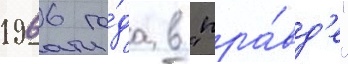
1966 го́да в "пра́вд'е"